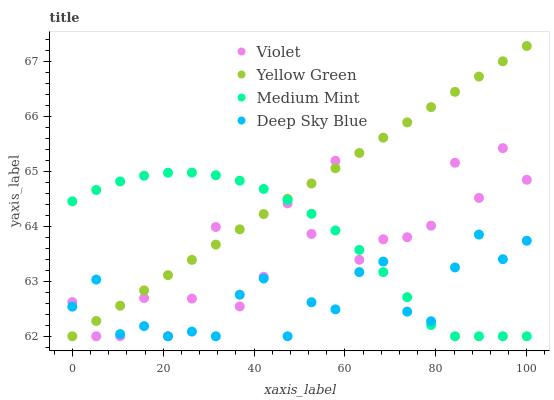
| xaxis_label | Violet | Yellow Green | Medium Mint | Deep Sky Blue |
 | --- | --- | --- | --- | --- |
 | 0 | 62.6 | 62 | 64.5 | 62.5 |
 | 5.26 | 62 | 62.3 | 64.7 | 63 |
 | 10.5 | 62 | 62.6 | 64.8 | 62 |
 | 15.8 | 62.7 | 62.8 | 64.9 | 62.2 |
 | 21.1 | 62 | 63.1 | 65 | 62 |
 | 26.3 | 62.7 | 63.4 | 65 | 62.1 |
 | 31.6 | 64 | 63.7 | 64.9 | 62 |
 | 36.8 | 62.5 | 63.9 | 64.8 | 62.8 |
 | 42.1 | 63.1 | 64.2 | 64.7 | 63 |
 | 47.4 | 64.4 | 64.5 | 64.5 | 62 |
 | 52.6 | 63.9 | 64.8 | 64.2 | 62.6 |
 | 57.9 | 65.2 | 65.1 | 63.9 | 62.5 |
 | 63.2 | 63.4 | 65.3 | 63.6 | 63.2 |
 | 68.4 | 63.8 | 65.6 | 63.2 | 63.4 |
 | 73.7 | 63.8 | 65.9 | 62.7 | 62.4 |
 | 78.9 | 64 | 66.2 | 62.2 | 62.3 |
 | 84.2 | 65.2 | 66.4 | 62 | 63.3 |
 | 89.5 | 64.5 | 66.7 | 62 | 63.8 |
 | 94.7 | 65.4 | 67 | 62 | 63.4 |
 | 100 | 64.8 | 67.3 | 62 | 63.7 |